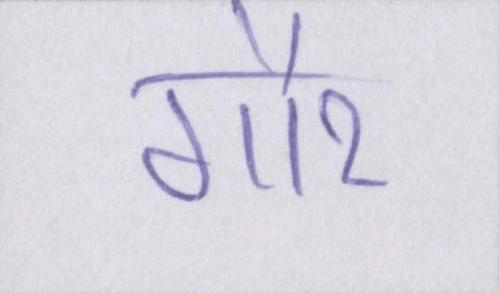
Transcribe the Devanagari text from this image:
गौर